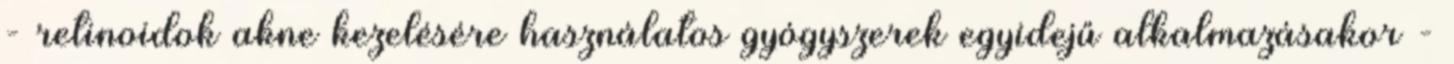
- retinoidok akne kezelésére használatos gyógyszerek egyidejű alkalmazásakor -